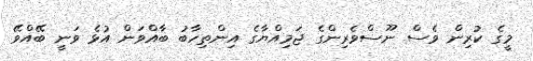
މީގެ ކުރިން ވެސް ނޫސްވެރިންގެ ޖަމިއްޔާގެ އިންތިހާބު ބާއްވަން އުޅެ ވަނީ ބޭއްވޭ